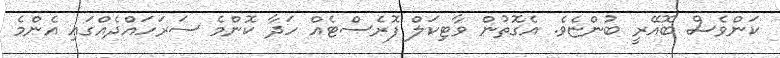
ކަންވެސް ބޮއޭރީ ބުންޏެވެ. އެގޮތުން ވާޓިކަލް ފޮރެސްޓެއް ހަދާ ކޮންމެ ސަރަހައްދެއްގައި އެންމެ